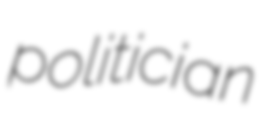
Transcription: politician